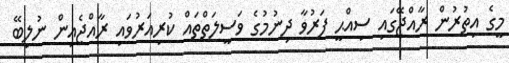
މީގެ އިތުރުން ރާއްޖޭގައި ސިއްޙީ ފަރުވާ ދިނުމުގެ ވަސީލަތްތައް ކުރިއަރުވައި ރާއްޖެއިން ނުލިބޭ